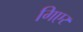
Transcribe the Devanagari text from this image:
गिएर